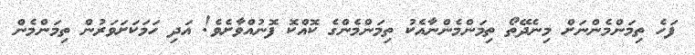
ފަހެ ތިމަންމެންނަށް މިނެދޭތޯ ތިމަންމެންނާއެކު ތިމަންމެންގެ ކޮއްކޮ ފޮނުއްވާށެވެ! އަދި ހަމަކަށަވަރުން ތިމަންމެން